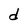
Character: d